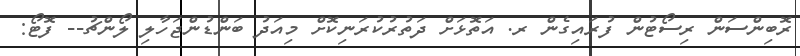
ރޮބިންސަން ރިސޯޓުން ފުރައިގެން ރ. އަތޮޅަށް ދަތުރުކުރަނިކޮށް މިއަދު ބަންޑުންޖަހާލި ލޯންޗު-- ފޮޓޯ: